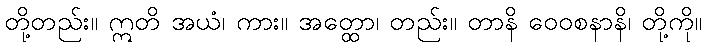
တို့တည်း။ ဣတိ အယံ၊ ကား။ အတ္ထော၊ တည်း။ တာနိ ဝေဝစနာနိ၊ တို့ကို။